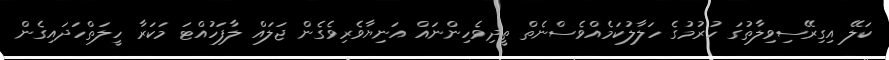
ކަލޭ އިގިރޭސިވިލާތުގަ ހުރުމުގެ ހަލާލުކަމެއްވެސްނެތް ތީދިވެހިންނައް އަނިޔާވެރިވެގެން ޖަލައް ލާފަހުއްޓަ މަކަރާ ހީލަތްހަދައިގެން